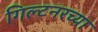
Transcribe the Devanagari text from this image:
गिल्टनरच्या